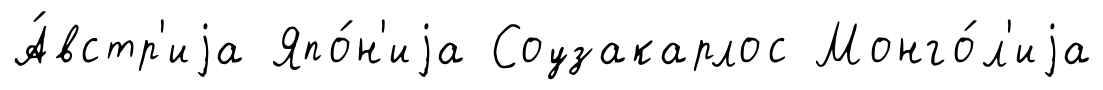
А́встр'иjа Япо́н'иjа Соузакарлос Монго́л'иjа